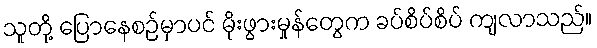
သူတို့ ပြောနေစဉ်မှာပင် မိုးဖွားမှုန်တွေက ခပ်စိပ်စိပ် ကျလာသည်။